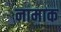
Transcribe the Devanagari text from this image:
नामाक